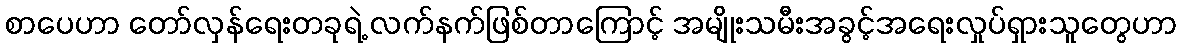
စာပေဟာ တော်လှန်ရေးတခုရဲ့ လက်နက်ဖြစ်တာကြောင့် အမျိုးသမီးအခွင့်အရေးလှုပ်ရှားသူတွေဟာ